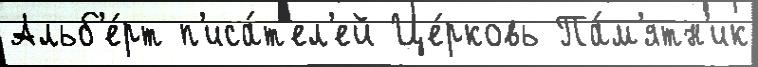
Альб'е́рт п'иса́т'ел'ей Це́рковь Па́м'ятн'ик